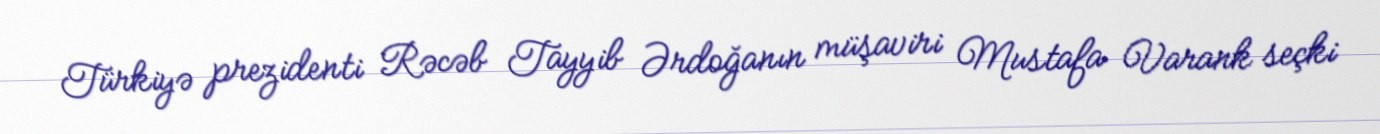
Türkiyə prezidenti Rəcəb Tayyib Ərdoğanın müşaviri Mustafa Varank seçki